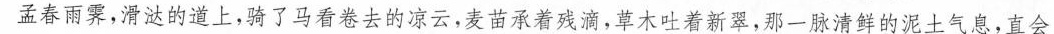
孟春雨霁，滑的道上，骑了马看卷去的凉云，麦苗承着残滴，草木吐着新翠，那一脉清鲜的泥土气息，直会